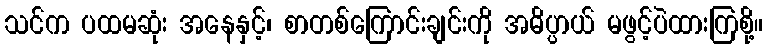
သင်က ပထမဆုံး အနေနှင့်၊ စာတစ်ကြောင်းချင်းကို အဓိပ္ပာယ် မဖွင့်ပဲထားကြစို့။